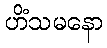
ဟိံသမနော